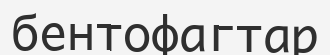
бентофагтар